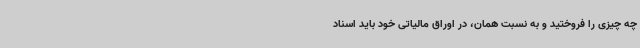
چه چیزی را فروختید و به نسبت همان، در اوراق مالیاتی خود باید اسناد